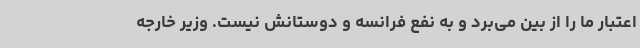
اعتبار ما را از بین می‌برد و به نفع فرانسه و دوستانش نیست. وزیر خارجه